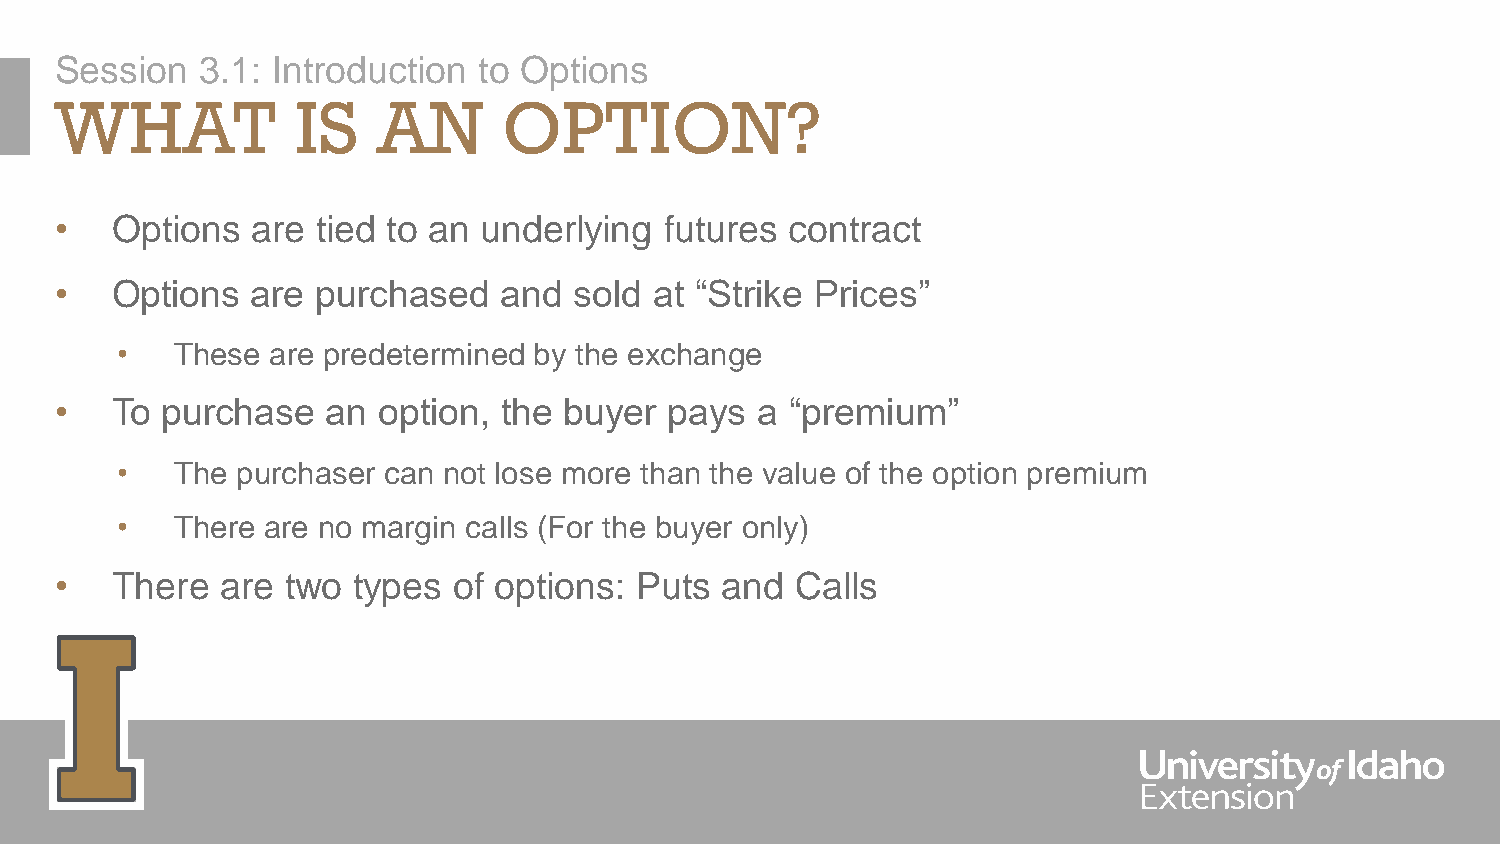
Session  3.1: Introduction  to Options
 WHAT            IS   AN      OPTION?
 •  Options   are tied to an underlying  futures contract
 •  Options   are purchased   and  sold at “Strike Prices”
 •   These are predetermined by the exchange
 •  To  purchase   an option, the buyer  pays  a “premium”
 •   The purchaser can not lose more than the value of the option premium
 •   There are no margin calls (For the buyer only)
 •  There   are two types  of options: Puts  and  Calls